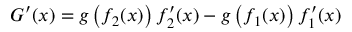
G ^ { \prime } ( x ) = g \left( f _ { 2 } ( x ) \right) { f _ { 2 } ^ { \prime } ( x ) } - g \left( f _ { 1 } ( x ) \right) { f _ { 1 } ^ { \prime } ( x ) }